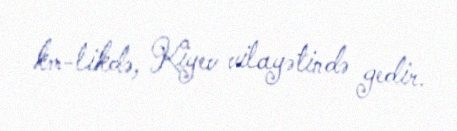
km-likdə, Kiyev vilayətində gedir.